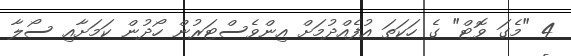
4 "މެގަ ވޮޓް" ގެ ހަކަތަ އުފެއްދުމަށް އިންވެސްޓަރުން ހޯދުން ކަމަށާއި ސޯލާ